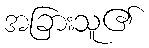
အခြားသူ၏